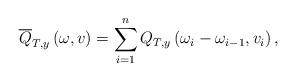
LaTeX: \begin{align*}\overline{Q}_{T,y}\left(\omega,v\right)=\sum_{i=1}^{n}Q_{T,y}\left(\omega_{i}-\omega_{i-1},v_{i}\right),\end{align*}